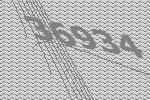
36934